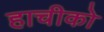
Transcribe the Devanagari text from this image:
हाचीको